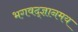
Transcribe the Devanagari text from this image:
भगवद्ज्ञानमय